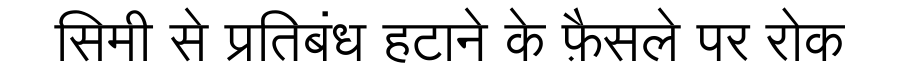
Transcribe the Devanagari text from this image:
सिमी से प्रतिबंध हटाने के फ़ैसले पर रोक